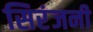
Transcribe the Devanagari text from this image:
सिरंजनी